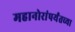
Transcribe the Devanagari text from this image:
महानोरांपर्यंतच्या